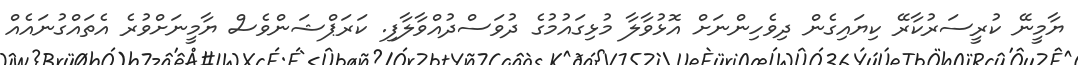
ޔާމީނޭ ކުރީސަރުކާރޭ ކިޔައިގެން ދިވެހިންނަށް އޮޅުވާލާ މުޅިގައުމުގެ ދުވަސްދުއްވާލާފި. ކަރަޕްޝަންވެސް ޔާމީނަށްވުރެ އެތައްގުނައެއް